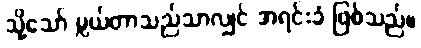
သို့သော် မ္လယ်တာသည်သာလျှင် အရင်းခံ ဖြစ်သည်။